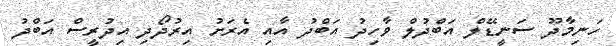
ހަނިމާދޫ ސަނީޑޭލް އަބްދުލް ވާހިދު އަބްދު އާއި އެރަށު އިރުދޯދި އިދުރީސް އަބްދު